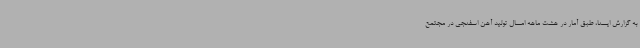
به گزارش ایسنا، طبق آمار در هشت ماهه امسال تولید آهن اسفنجی در مجتمع